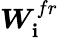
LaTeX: \boldsymbol{W}_{\mathbf{i}}^{fr}